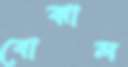
বোঝাল